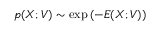
p ( { X } ; { V } ) \sim \exp { ( - E ( { X } ; { V } ) ) }